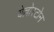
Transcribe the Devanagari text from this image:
येल्लोस्टोन